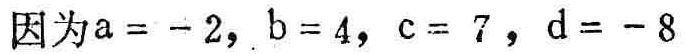
因为\(a = - 2\)，\(b = 4\)，\(c = 7\)，\(d = - 8\)